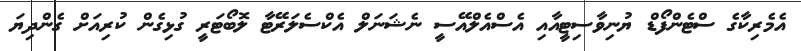
އެމެރިކާގެ ސްޓެންފޯޑް ޔުނިވާސިޓީއާއި އެސްއެލްއޭސީ ނެޝަނަލް އެކްސެލަރޭޓާ ލޮބޯޓަރީ ގުޅިގެން ކުރިއަށް ގެންދިޔަ